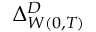
\Delta _ { W ( 0 , T ) } ^ { D }